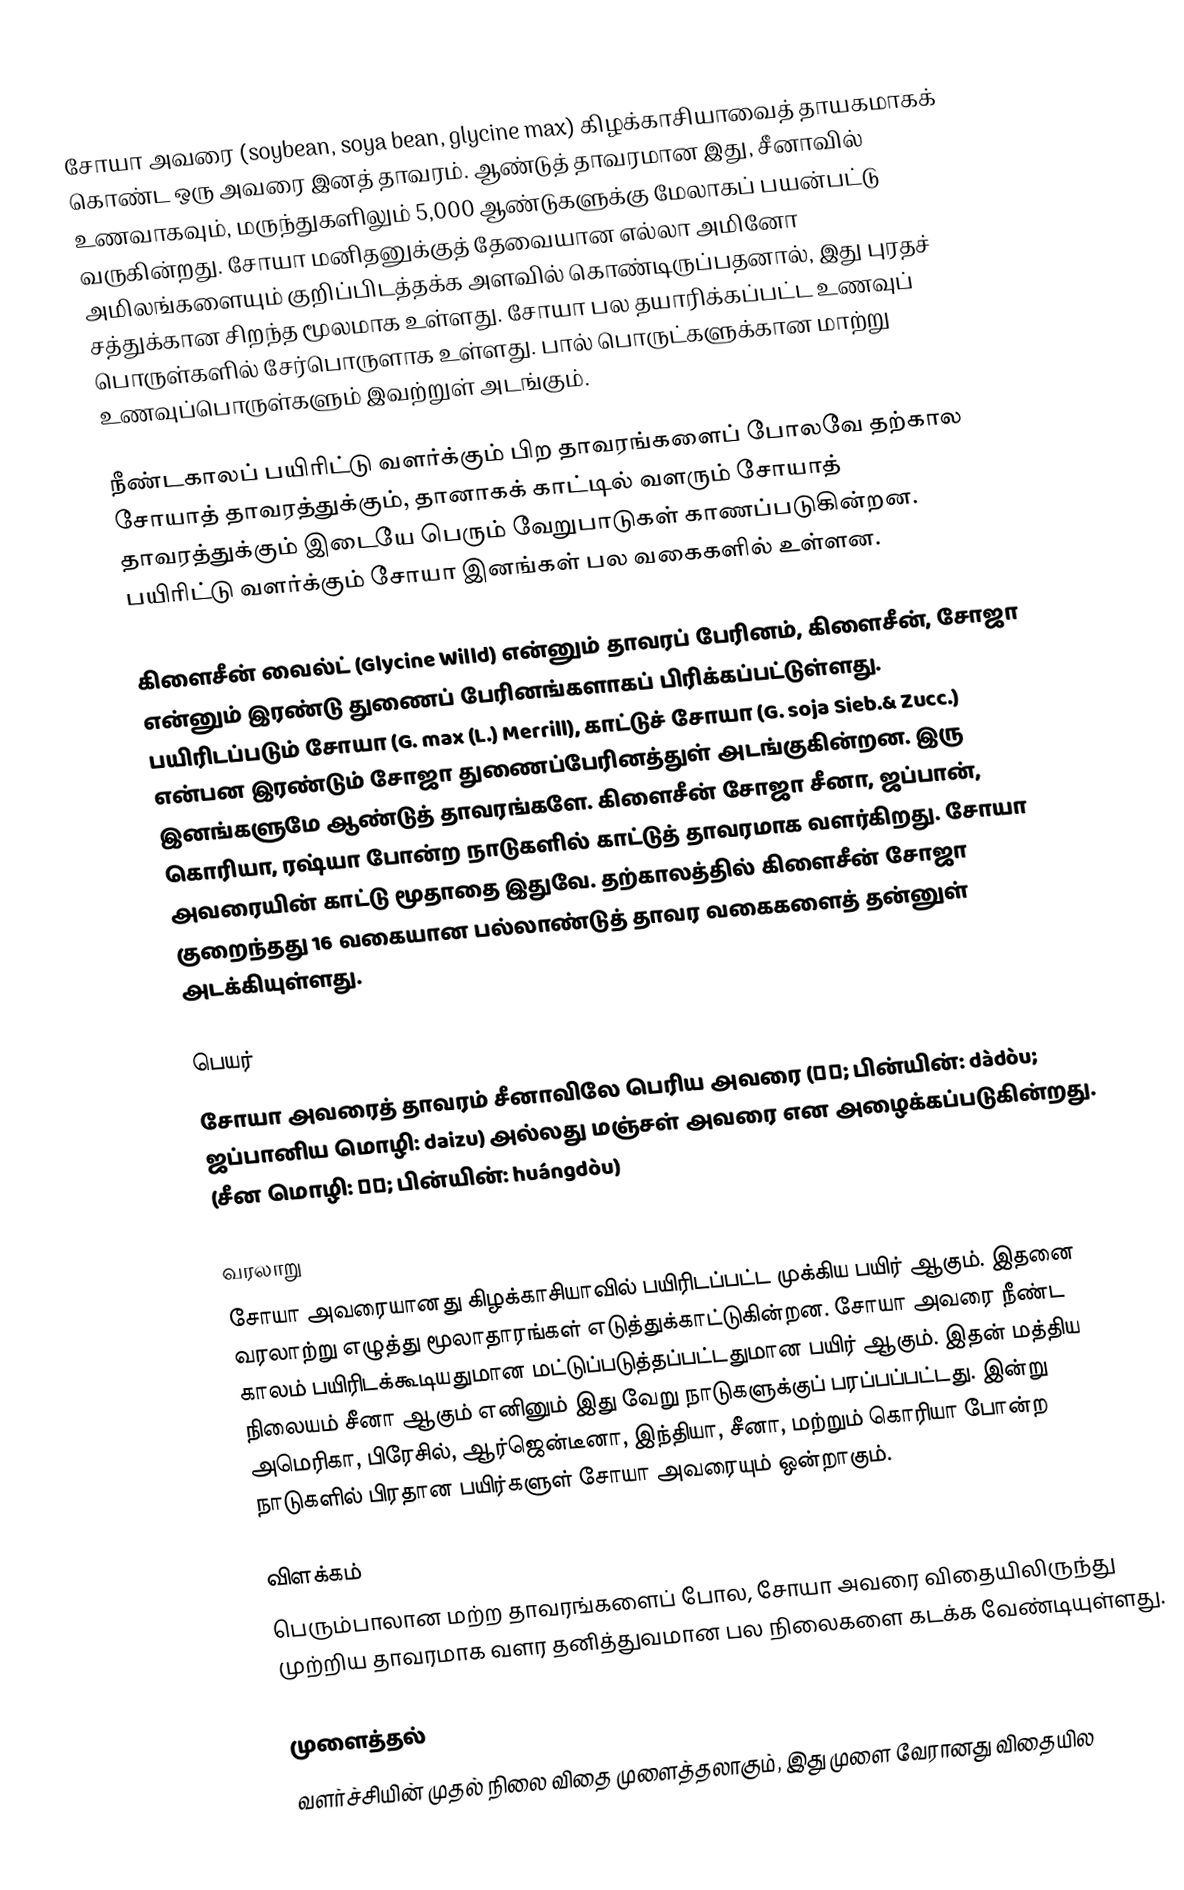
சோயா அவரை (soybean, soya bean, glycine max) கிழக்காசியாவைத் தாயகமாகக் கொண்ட ஒரு அவரை இனத் தாவரம். ஆண்டுத் தாவரமான இது, சீனாவில் உணவாகவும், மருந்துகளிலும் 5,000 ஆண்டுகளுக்கு மேலாகப் பயன்பட்டு வருகின்றது. சோயா மனிதனுக்குத் தேவையான எல்லா அமினோ அமிலங்களையும் குறிப்பிடத்தக்க அளவில் கொண்டிருப்பதனால், இது புரதச் சத்துக்கான சிறந்த மூலமாக உள்ளது. சோயா பல தயாரிக்கப்பட்ட உணவுப் பொருள்களில் சேர்பொருளாக உள்ளது. பால் பொருட்களுக்கான மாற்று உணவுப்பொருள்களும் இவற்றுள் அடங்கும்.

நீண்டகாலப் பயிரிட்டு வளர்க்கும் பிற தாவரங்களைப் போலவே தற்கால சோயாத் தாவரத்துக்கும், தானாகக் காட்டில் வளரும் சோயாத் தாவரத்துக்கும் இடையே பெரும் வேறுபாடுகள் காணப்படுகின்றன. பயிரிட்டு வளர்க்கும் சோயா இனங்கள் பல வகைகளில் உள்ளன.

கிளைசீன் வைல்ட் (Glycine Willd) என்னும் தாவரப் பேரினம், கிளைசீன், சோஜா என்னும் இரண்டு துணைப் பேரினங்களாகப் பிரிக்கப்பட்டுள்ளது. பயிரிடப்படும் சோயா (G. max (L.) Merrill), காட்டுச் சோயா (G. soja Sieb.& Zucc.) என்பன இரண்டும் சோஜா துணைப்பேரினத்துள் அடங்குகின்றன. இரு இனங்களுமே ஆண்டுத் தாவரங்களே. கிளைசீன் சோஜா சீனா, ஜப்பான், கொரியா, ரஷ்யா போன்ற நாடுகளில் காட்டுத் தாவரமாக வளர்கிறது. சோயா அவரையின் காட்டு மூதாதை இதுவே. தற்காலத்தில் கிளைசீன் சோஜா குறைந்தது 16 வகையான பல்லாண்டுத் தாவர வகைகளைத் தன்னுள் அடக்கியுள்ளது.

பெயர்
சோயா அவரைத் தாவரம் சீனாவிலே பெரிய அவரை (大豆; பின்யின்: dàdòu; ஜப்பானிய மொழி: daizu) அல்லது மஞ்சள் அவரை என அழைக்கப்படுகின்றது. (சீன மொழி: 黄豆; பின்யின்: huángdòu)

வரலாறு
சோயா அவரையானது கிழக்காசியாவில் பயிரிடப்பட்ட  முக்கிய பயிர் ஆகும். இதனை வரலாற்று எழுத்து மூலாதாரங்கள் எடுத்துக்காட்டுகின்றன. சோயா அவரை நீண்ட காலம் பயிரிடக்கூடியதுமான மட்டுப்படுத்தப்பட்டதுமான பயிர் ஆகும். இதன் மத்திய நிலையம் சீனா ஆகும் எனினும் இது வேறு நாடுகளுக்குப் பரப்பப்பட்டது. இன்று  அமெரிகா, பிரேசில், ஆர்ஜென்டீனா, இந்தியா, சீனா, மற்றும் கொரியா போன்ற நாடுகளில் பிரதான பயிர்களுள் சோயா அவரையும் ஒன்றாகும்.

விளக்கம்
பெரும்பாலான மற்ற தாவரங்களைப் போல, சோயா அவரை  விதையிலிருந்து முற்றிய தாவரமாக வளர தனித்துவமான பல நிலைகளை கடக்க வேண்டியுள்ளது.

முளைத்தல்
வளர்ச்சியின் முதல் நிலை விதை முளைத்தலாகும், இது முளை வேரானது விதையில